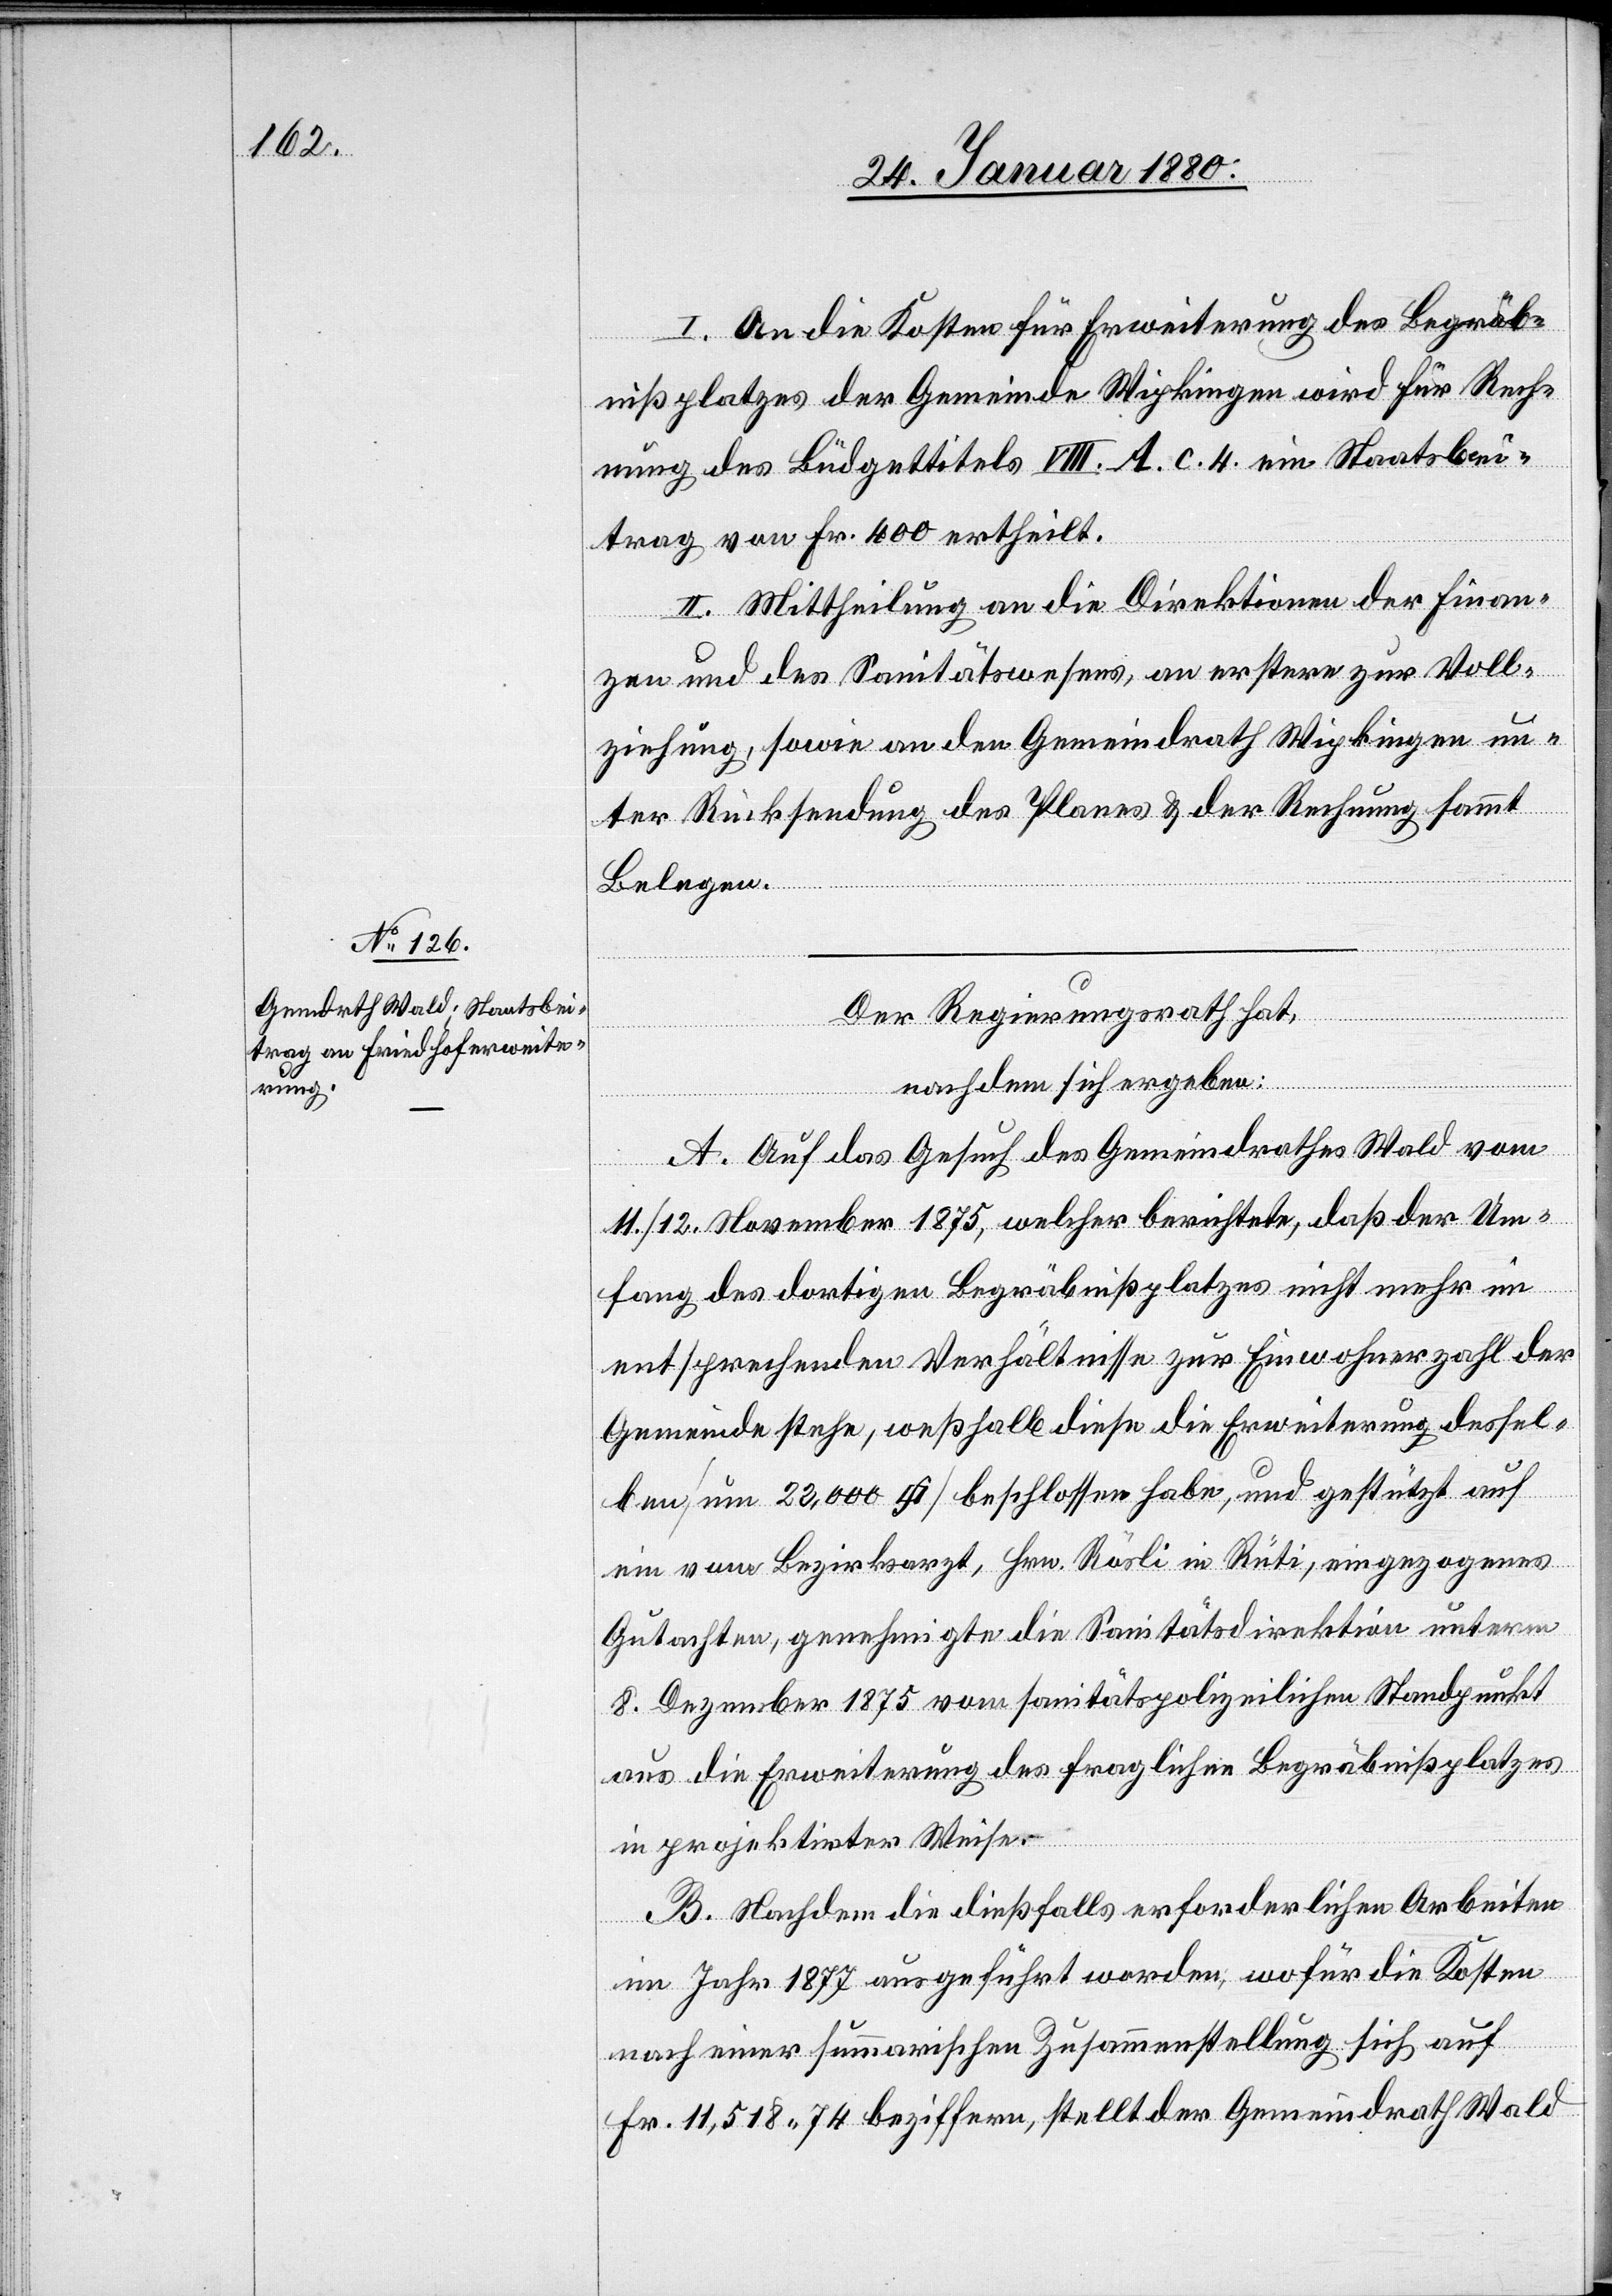
I. An die Kosten für Erweiterung des Begräb¬
nißplatzes der Gemeinde Wipkingen wird für Rech¬
und
nung des Büdgettitels VIII. A. c. 4. ein Staatsbei¬
trag von Fr. 400 ertheilt.
II. Mittheilung an die Direktionen der Finan¬
zen und des Sanitätswesens, an erstere zur Voll¬
ziehung, sowie an den Gemeindrath Wipkingen un¬
ter Rücksendung des Planes & der Rechnung sammt
Belegen.
Der Regierungsrath hat,
nachdem sich ergeben:
A. Auf das Gesuch des Gemeindrathes Wald vom
11. / 12. November 1875, welcher berichtete, daß der Um¬
fang des dortigen Begräbnißplatzes nicht mehr im
entsprechenden Verhältnisse zur Einwohnerzahl der
Gemeinde stehe, weßhalb diese die Erweiterung dessel¬
ein vom Bezirksarzt, Hrn. Rösli in Rüti, eingezogenes
Gutachten, genehmigte die Sanitätsdirektion unterm
8. Dezember 1875 vom sanitätspolizeilichen Standpunkt
aus die Erweiterung des fraglichen Begräbnißplatzes
in projektirter Weise.
B. Nachdem die dießfalls erforderlichen Arbeiten
im Jahr 1877 ausgeführt worden; wofür die Kosten
nach einer summarischen Zusammenstellung sich auf
Fr. 11, 518.74 beziffern, stellt der Gemeindrath Wald